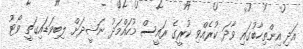
އަދި އިންތިހާބުގައި ވާދަ ކުރެއްވި ކުރީގެ ރައީސް މުހައްމަދު ނަޝީދަށް ލިބިވަޑައިގަތީ ވޯޓު